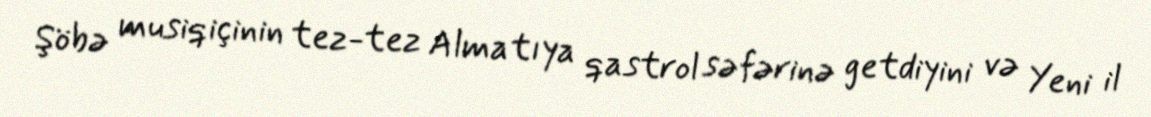
Şöbə musiqiçinin tez-tez Almatıya qastrol səfərinə getdiyini və Yeni il